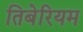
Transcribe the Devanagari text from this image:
तिबेरियम